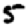
Digit: 5